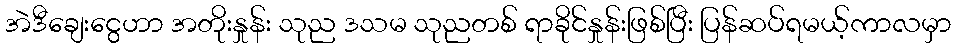
အဲဒီချေးငွေဟာ အတိုးနှုန်း သုည ဒသမ သုညတစ် ရာခိုင်နှုန်းဖြစ်ပြီး ပြန်ဆပ်ရမယ့်ကာလမှာ